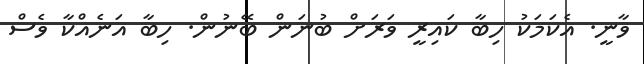
ވާނީ. އެކަމަކު ހިބާ ކައިރީ ވަރަށް ބުނަން ބޭނުން. ހިބާ އަނެއްކާ ވެސް